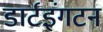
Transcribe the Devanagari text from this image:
डार्टइंगटन